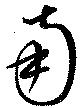
南